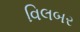
વિલબર